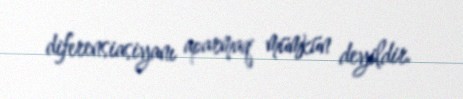
diferensiasiyanı aparmaq mümkün deyildir.